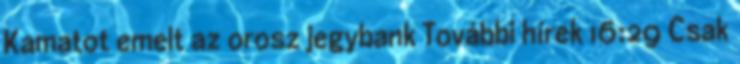
Kamatot emelt az orosz jegybank További hírek 16:29 Csak